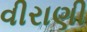
વીરાણી